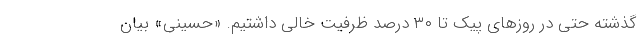
گذشته حتی در روزهای پیک تا ۳۰ درصد ظرفیت خالی داشتیم. «حسینی» بیان